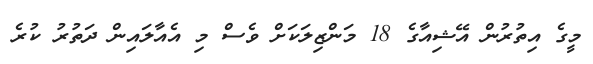
މީގެ އިތުރުން އޭޝިއާގެ 18 މަންޒިލަކަށް ވެސް މި އެއާލައިން ދަތުރު ކުރެ